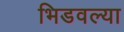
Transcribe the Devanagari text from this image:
भिडवल्या